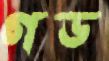
গড